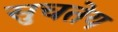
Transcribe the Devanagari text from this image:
सुचतेय